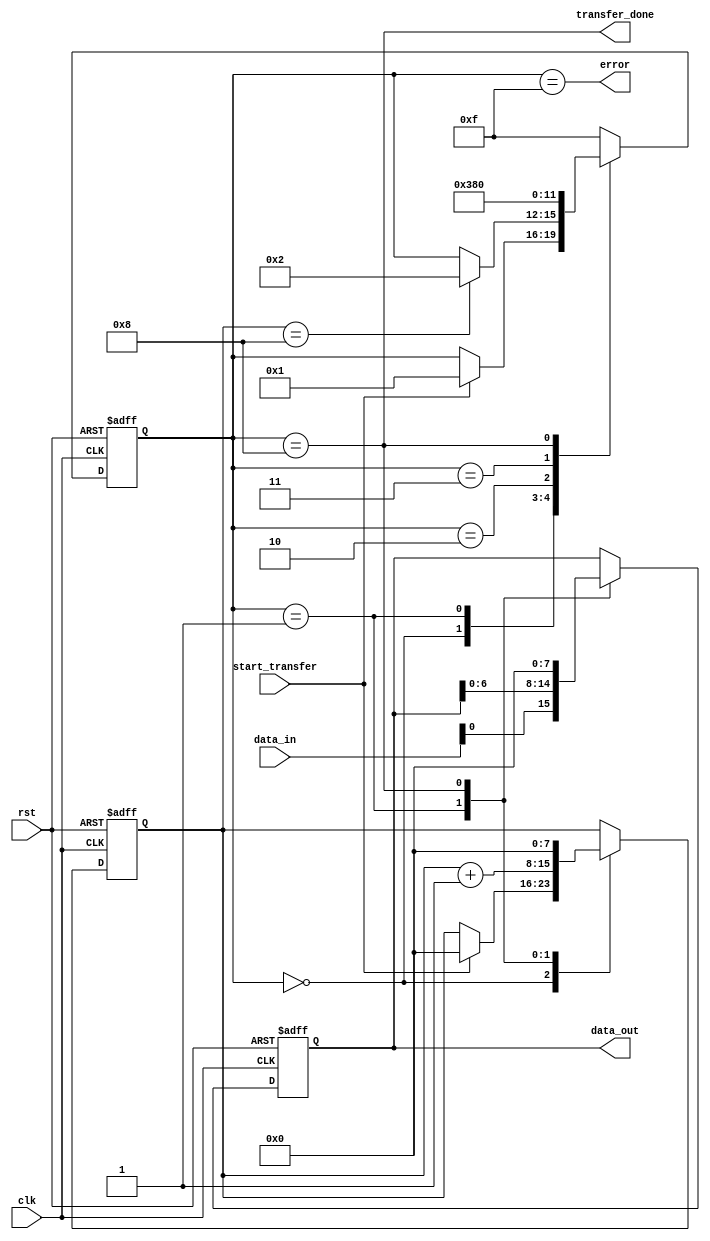
module spi_master #(
  parameter DATA_WIDTH = 8,
  parameter CLOCK_FREQ = 100_000_000,
  parameter SLAVE_ADDRESS = 4'h0
)(
  input wire clk,
  input wire rst,
  input wire start_transfer,
  input wire [DATA_WIDTH-1:0] data_in,
  output wire [DATA_WIDTH-1:0] data_out,
  output wire transfer_done,
  output wire error
);

reg [DATA_WIDTH-1:0] shift_reg;
reg [3:0] state;
reg [7:0] bit_counter;
reg [3:0] slave_addr_reg;

assign data_out = shift_reg;
assign transfer_done = (state == 4'b1000);
assign error = (state == 4'b1111);

always @(posedge clk or posedge rst) begin
  if (rst) begin
    shift_reg <= 0;
    state <= 4'b0000;
    bit_counter <= 0;
    slave_addr_reg <= SLAVE_ADDRESS;
  end else begin
    case(state)
      4'b0000: begin // Idle state
        if (start_transfer) begin
          state <= 4'b0001;
          bit_counter <= 0;
        end
      end
      4'b0001: begin // Shift data out
        shift_reg <= {data_in, shift_reg[DATA_WIDTH-2:0]};
        bit_counter <= bit_counter + 1;
        if (bit_counter == DATA_WIDTH) begin
          state <= 4'b0010;
        end
      end
      4'b0010: begin // Select slave device
        // Code to select slave device based on slave_addr_reg
        state <= 4'b0011;
      end
      4'b0011: begin // Transfer data
        // Code to transfer data to selected slave device
        state <= 4'b1000;
      end
      4'b1000: begin // Transfer complete
        shift_reg <= 0; // Reset shift register
        bit_counter <= 0;
        state <= 4'b0000;
      end
      default: state <= 4'b1111; // Error state
    endcase
  end
end

endmodule